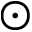
\odot